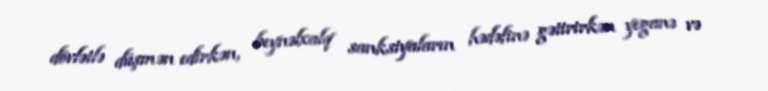
dövlətlə düşmən edirkən, beynəlxalq sanksiyaların hədəfinə gətirirkən yeganə və